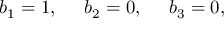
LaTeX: b _ { 1 } = 1 , \; \; \; \; \; b _ { 2 } = 0 , \; \; \; \; \; b _ { 3 } = 0 ,